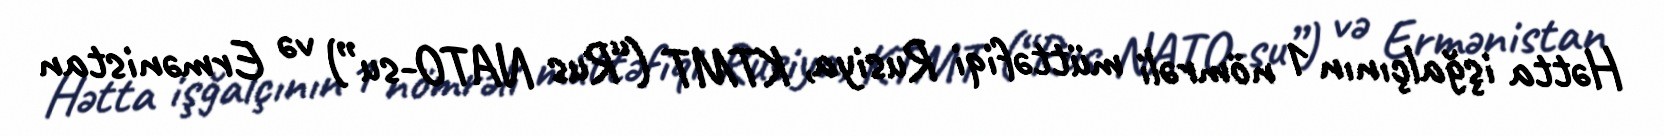
Hətta işğalçının 1 nömrəli müttəfiqi Rusiya, KTMT (“Rus NATO-su”) və Ermənistan